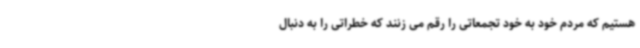
هستیم که مردم خود به خود تجمعاتی را رقم می زنند که خطراتی را به دنبال